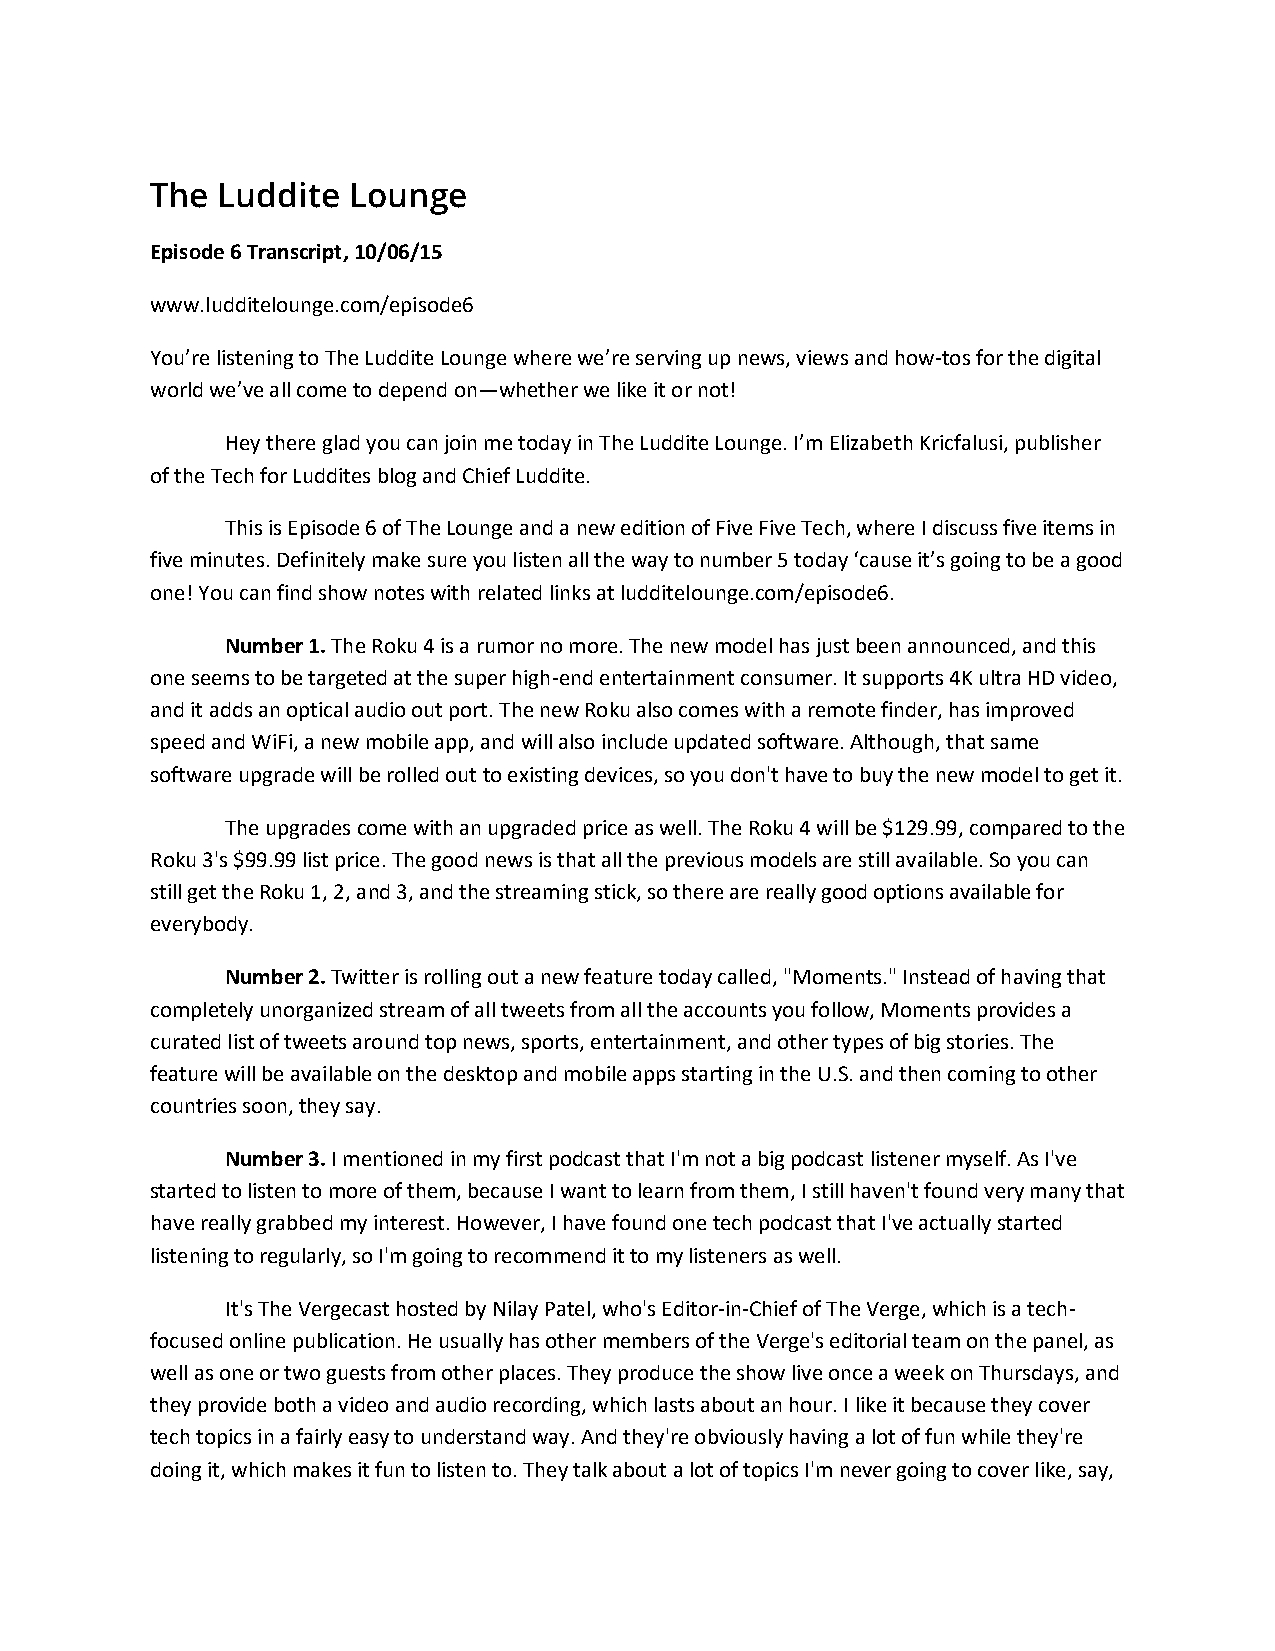
The Luddite  Lounge
 Episode 6 Transcript, 10/06/15
 www.ludditelounge.com/episode6
 You’re listening to The Luddite Lounge where we’re serving up news, views and how-tos for the digital
 world we’ve all come to depend on—whether we like it or not!
 Hey there glad you can join me today in The Luddite Lounge. I’m Elizabeth Kricfalusi, publisher
 of the Tech for Luddites blog and Chief Luddite.
 This is Episode 6 of The Lounge and a new edition of Five Five Tech, where I discuss five items in
 five minutes. Definitely make sure you listen all the way to number 5 today ‘cause it’s going to be a good
 one! You can find show notes with related links at ludditelounge.com/episode6.
 Number 1. The Roku 4 is a rumor no more. The new model has just been announced, and this
 one seems to be targeted at the super high-end entertainment consumer. It supports 4K ultra HD video,
 and it adds an optical audio out port. The new Roku also comes with a remote finder, has improved
 speed and WiFi, a new mobile app, and will also include updated software. Although, that same
 software upgrade will be rolled out to existing devices, so you don't have to buy the new model to get it.
 The upgrades come with an upgraded price as well. The Roku 4 will be $129.99, compared to the
 Roku 3's $99.99 list price. The good news is that all the previous models are still available. So you can
 still get the Roku 1, 2, and 3, and the streaming stick, so there are really good options available for
 everybody.
 Number 2. Twitter is rolling out a new feature today called, "Moments." Instead of having that
 completely unorganized stream of all tweets from all the accounts you follow, Moments provides a
 curated list of tweets around top news, sports, entertainment, and other types of big stories. The
 feature will be available on the desktop and mobile apps starting in the U.S. and then coming to other
 countries soon, they say.
 Number 3. I mentioned in my first podcast that I'm not a big podcast listener myself. As I've
 started to listen to more of them, because I want to learn from them, I still haven't found very many that
 have really grabbed my interest. However, I have found one tech podcast that I've actually started
 listening to regularly, so I'm going to recommend it to my listeners as well.
 It's The Vergecast hosted by Nilay Patel, who's Editor-in-Chief of The Verge, which is a tech-
 focused online publication. He usually has other members of the Verge's editorial team on the panel, as
 well as one or two guests from other places. They produce the show live once a week on Thursdays, and
 they provide both a video and audio recording, which lasts about an hour. I like it because they cover
 tech topics in a fairly easy to understand way. And they're obviously having a lot of fun while they're
 doing it, which makes it fun to listen to. They talk about a lot of topics I'm never going to cover like, say,